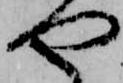
や